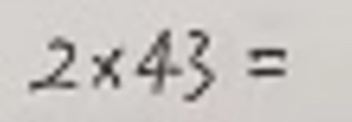
$2 \times 43 =$